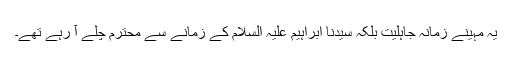
یہ مہینے زمانۂ جاہلیت بلکہ سیدنا ابراہیم علیہ السلام کے زمانے سے محترم چلے آ رہے تھے۔